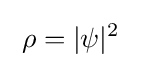
\;\rho =|\psi |^{2}~